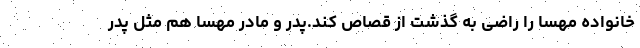
خانواده مهسا را راضی به گذشت از قصاص کند.پدر و مادر مهسا هم مثل پدر